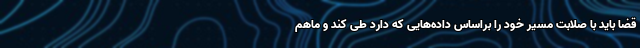
قضا باید با صلابت مسیر خود را براساس داده‌هایی که دارد طی کند و ماهم